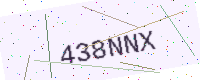
Text: 438NNX